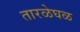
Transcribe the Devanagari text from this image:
तारळेघळ